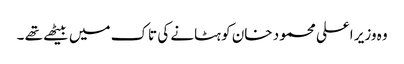
وہ وزیر اعلی محمود خان کو ہٹانے کی تاک میں بیٹھے تھے ۔